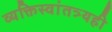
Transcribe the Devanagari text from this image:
व्यक्तिस्वांतत्र्यही